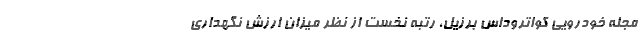
مجله خودرویی کواتروداس برزیل، رتبه نخست از نظر میزان ارزش نگهداری